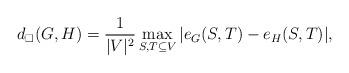
LaTeX: \begin{align*}d_\square(G,H)=\frac{1}{|V|^2}\max_{S,T \subseteq V} |e_G(S,T)-e_{H}(S,T)|,\end{align*}